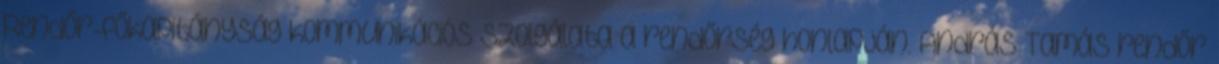
Rendőr-főkapitányság kommunikációs szolgálata a rendőrség honlapján. András Tamás rendőr